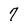
Character: 7